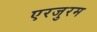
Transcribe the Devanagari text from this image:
एरजुरम